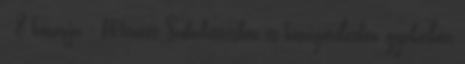
- 8 hónapja - Mentés Szobafestésben és hőszigetelésben gyakorlott